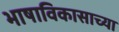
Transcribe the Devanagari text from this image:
भाषाविकासाच्या